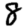
Digit: 8